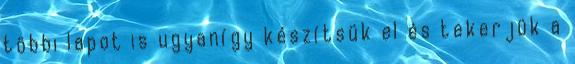
többi lapot is ugyanígy készítsük el és tekerjük a